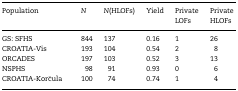
| Population | N | N(HLOFs) | Yield | Private LOFs | Private HLOFs |
 | --- | --- | --- | --- | --- | --- |
 | GS: SFHS | 844 | 137 | 0.16 | 1 | 26 |
 | CROATIA-Vis | 193 | 104 | 0.54 | 2 | 8 |
 | ORCADES | 197 | 103 | 0.52 | 3 | 13 |
 | NSPHS | 98 | 91 | 0.93 | 0 | 6 |
 | CROATIA-Korčula | 100 | 74 | 0.74 | 1 | 4 |